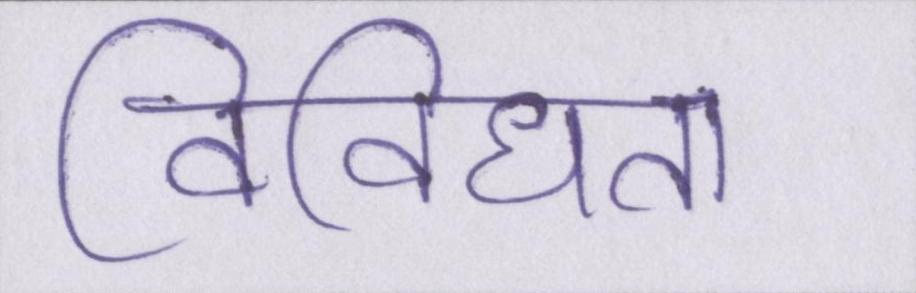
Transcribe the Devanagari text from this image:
विविधता